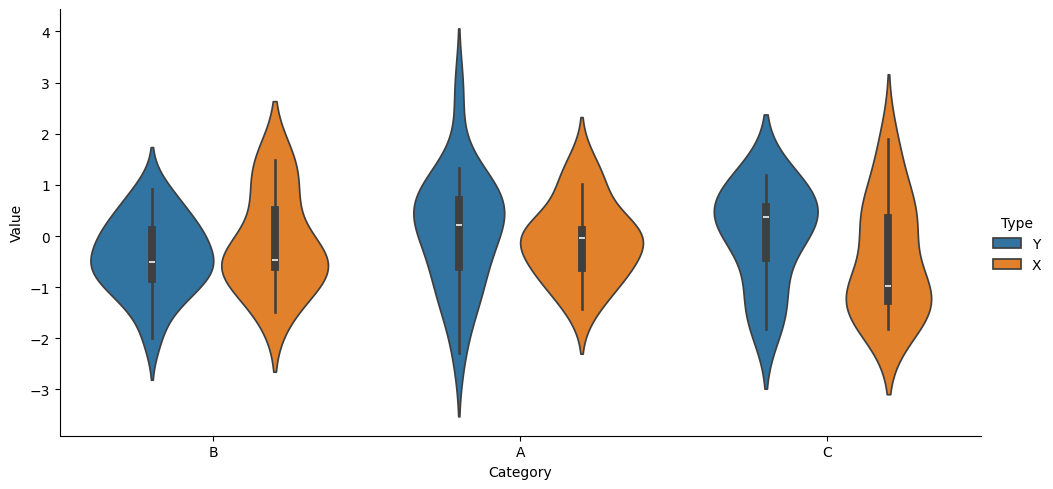
python, seaborn, catplot, kind='violin', height=5, aspect=2